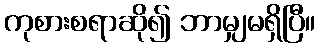
ကုစားစရာဆို၍ ဘာမျှမရှိပြီ။